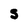
Character: S